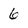
Character: 6